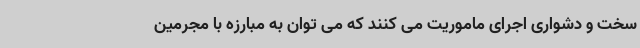
سخت و دشواری اجرای ماموریت می کنند که می توان به مبارزه با مجرمین